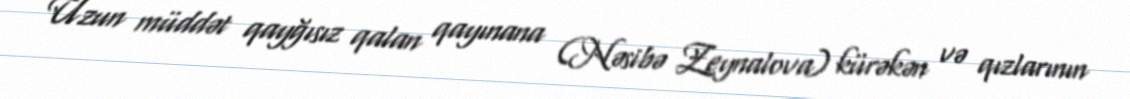
Uzun müddət qayğısız qalan qayınana (Nəsibə Zeynalova) kürəkən və qızlarının